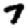
Digit: 7